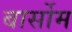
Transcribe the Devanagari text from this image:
बार्सोम